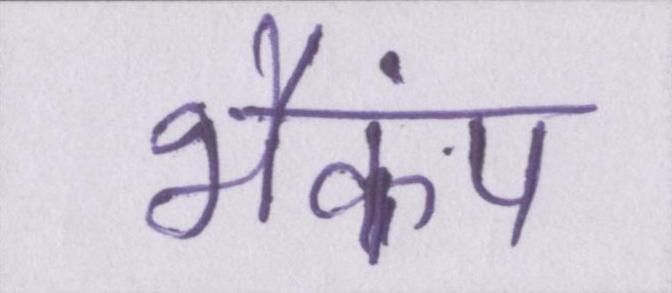
भैकंप